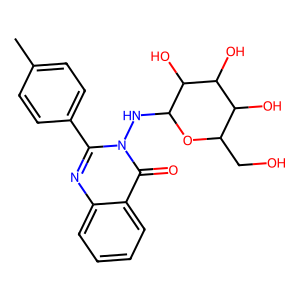
SMILES: Cc1ccc(-c2nc3ccccc3c(=O)n2NC2OC(CO)C(O)C(O)C2O)cc1
Inhibits HIV replication: No